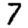
Digit: 7